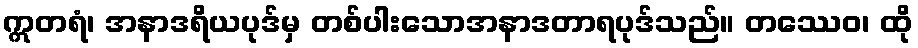
ဣတရံ၊ အနာဒရိယပုဒ်မှ တစ်ပါးသောအနာဒတာရပုဒ်သည်။ တဿေဝ၊ ထို